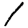
Digit: 1